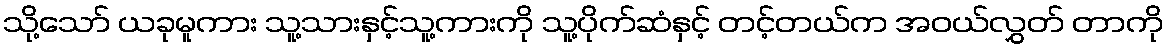
သို့သော် ယခုမူကား သူ့သားနှင့်သူ့ကားကို သူ့ပိုက်ဆံနှင့် တင့်တယ်က အဝယ်လွှတ် တာကို